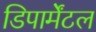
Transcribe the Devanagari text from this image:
डिपार्मेंटल